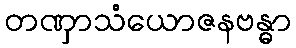
တဏှာသံယောဇနဗန္ဓာ